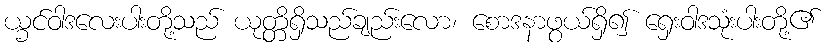
ယ္ခင်ဝါဒလေးပါးတို့သည် ယုတ္တိရှိသည်ချည်းလော၊ စောဒနာဖွယ်ရှိ၍ ရှေးဝါဒသုံးပါးတို့၏